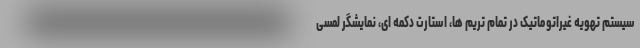
سیستم تهویه غیراتوماتیک در تمام تریم ها، استارت دکمه ای، نمایشگر لمسی